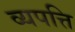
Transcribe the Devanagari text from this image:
व्यपत्ति